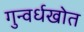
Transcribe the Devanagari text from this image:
गुन्वर्धखोत